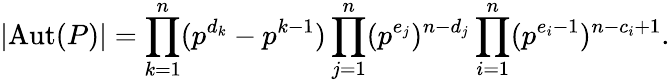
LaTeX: \left|\operatorname{Aut}(P)\right|=\prod_{k=1}^{n}(p^{d_{k}}-p^{k-1})\prod_{j=1}^{n}(p^{e_{j}})^{n-d_{j}}\prod_{i=1}^{n}(p^{e_{i}-1})^{n-c_{i}+1}.